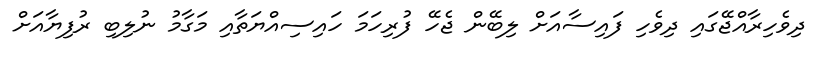
ދިވެހިރާއްޖޭގައި ދިވެހި ފައިސާއަށް ލިބޭން ޖެހޭ ފުރިހަމަ ހައިސިއްޔަތާއި މަގާމު ނުލިބި ރުފިޔާއަށް